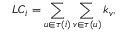
L C _ { i } = \sum _ { u \in \tau ( i ) } \sum _ { v \in \tau ( u ) } k _ { v } ,